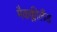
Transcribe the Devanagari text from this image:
मैकक्लीलैंड